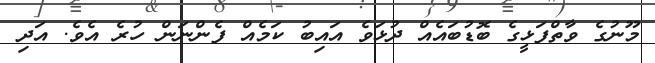
މޫނުގެ ވާތްފަޅީގެ ބޮޑުބައެއް ދުޅަވެ އައިބު ކަމެއް ފެންނަން ހުރެ އެވެ. އަދި